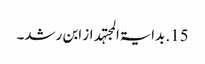
15. بدایۃ المجتہد از ابن رشد۔